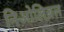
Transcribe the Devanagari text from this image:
निओलिब्रल